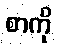
စာကို